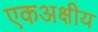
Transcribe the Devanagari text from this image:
एकअक्षीय